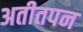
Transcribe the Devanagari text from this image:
अतीतपन